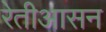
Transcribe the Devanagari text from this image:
रेतीआसन